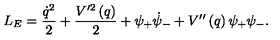
L _ { E } = \frac { \dot { q } ^ { 2 } } 2 + \frac { V ^ { \prime 2 } \left( q \right) } 2 + \psi _ { + } \dot { \psi } _ { - } + V ^ { \prime \prime } \left( q \right) \psi _ { + } \psi _ { - } .